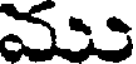
వ